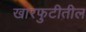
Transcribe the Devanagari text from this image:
खारफुटीतील